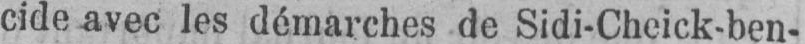
cide avec les démarches de Sidi-Cheick-ben-